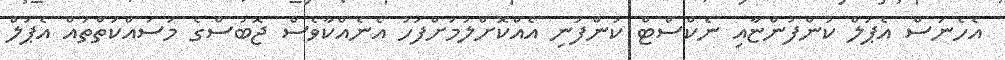
އެހެނަސް އެޕަލް ކުންފުންޏާއި ނެކްސްޓް ކުންފުނި އެއްކޮށްލުމަށްފަހު އެނެއްކާވެސް ޖޮބުސްގެ މަސައްކަތްތައް އެޕަލް